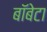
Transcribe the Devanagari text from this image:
बॉबेटा